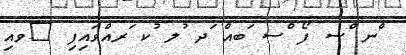
ްނ ްސ ފޯ ްސ ަބއް ަދ ުލ ުކ ަރއްވައިފި 	ވއި